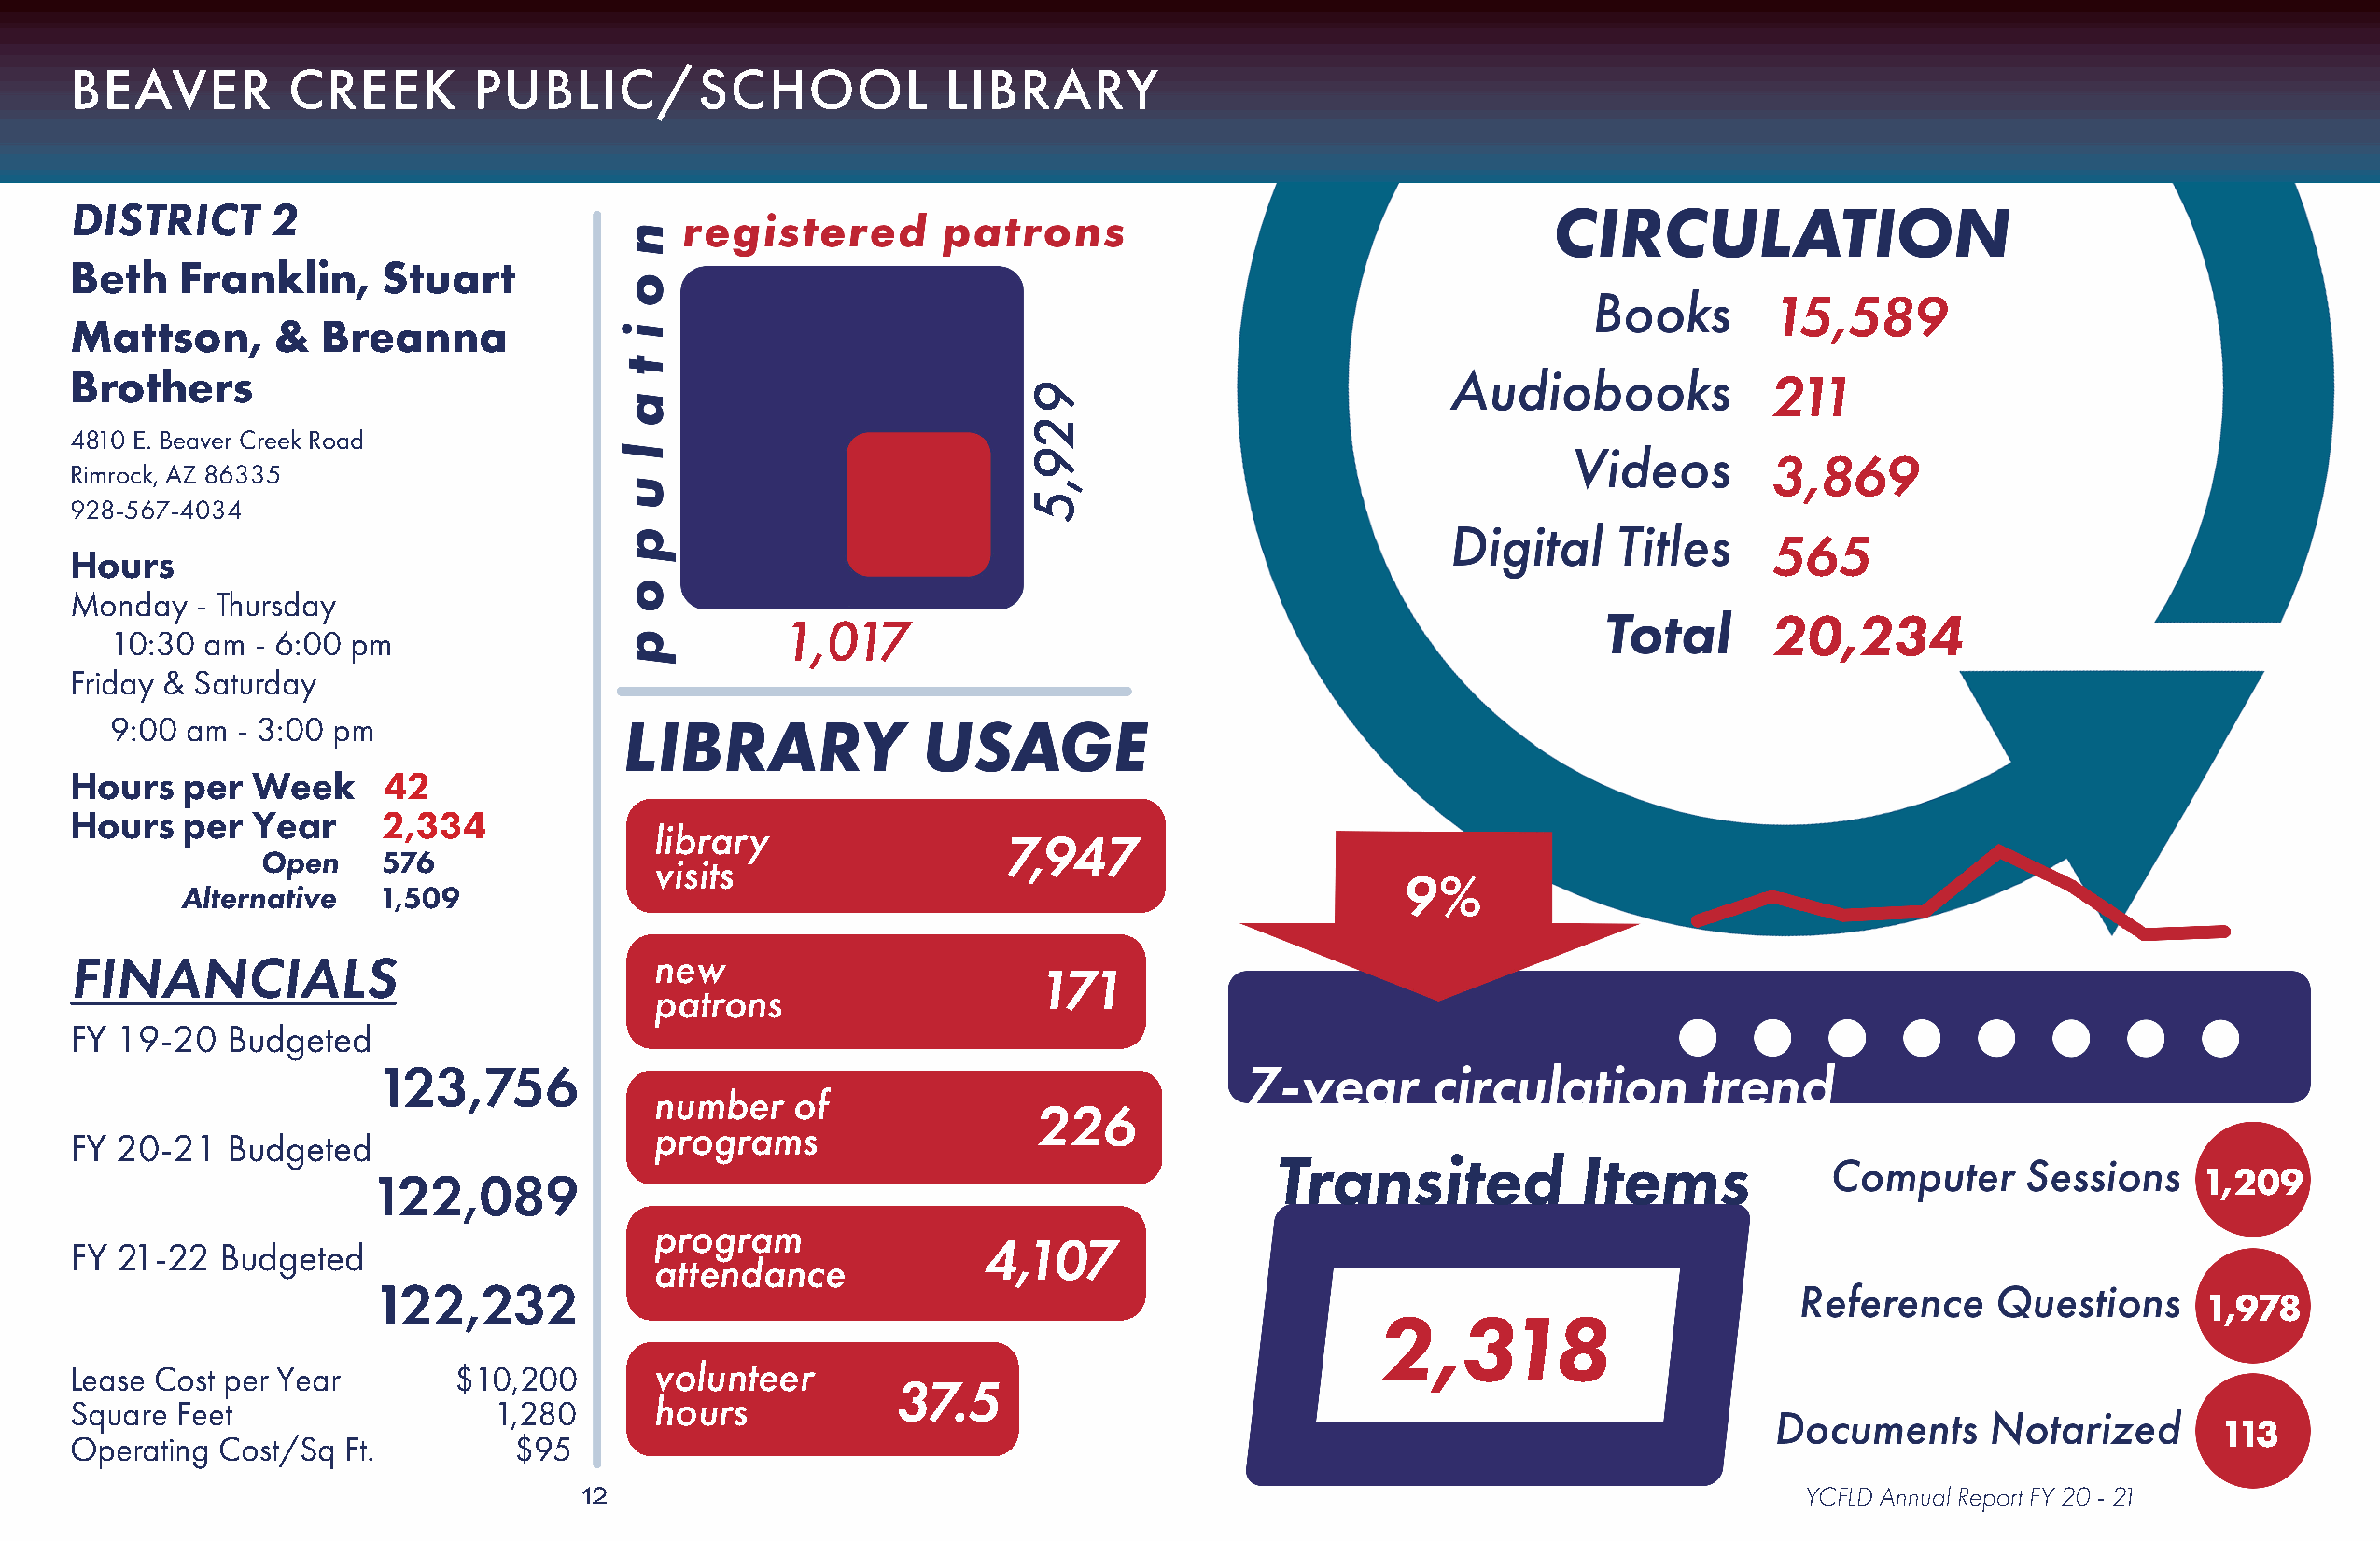
BEAVER         CREEK         PUBLIC/SCHOOL                    LIBRARY
 DISTRICT      2
 Beth    Franklin,     Stuart
 15,589
 Mattson,      &   Breanna
 Brothers                                                                                                                 211
 4810 E. Beaver Creek Road
 3,869
 Rimrock, AZ 86335
 928-567-4034
 565
 Hours
 Monday   - Thursday
 20,234
 1,017
 10:30 am  - 6:00 pm
 Friday & Saturday
 9:00 am  - 3:00 pm
 Hours   per  Week     42
 Hours   per  Year     2,334
 library
 7,947
 Open     576
 visits
 9%
 Alternative   1,509
 FINANCIALS                               new
 171
 patrons
 FY 19-20   Budgeted
 123,756
 number    of
 226
 programs
 FY 20-21   Budgeted
 Transited             Items
 1,209
 122,089
 program
 FY 21-22   Budgeted                                              4,107
 attendance
 122,232
 1,978
 2,318
 Lease Cost per Year        $10,200       volunteer
 37.5
 Square  Feet                  1,280      hours
 113
 Operating  Cost/Sq Ft.         $95
 12                                                                                     YCFLD Annual Report FY 20 - 21
 929,5